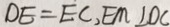
D E = E C , E M \bot D C